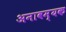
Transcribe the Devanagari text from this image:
अनावम्यक